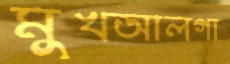
মুখআলগা